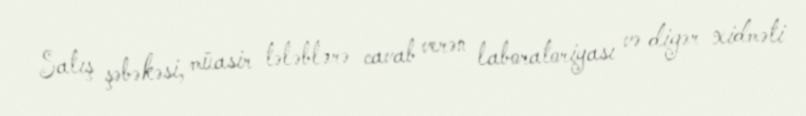
Satış şəbəkəsi, müasir tələblərə cavab verən laboratoriyası və digər xidməti